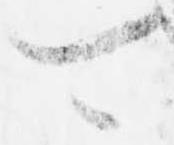
可